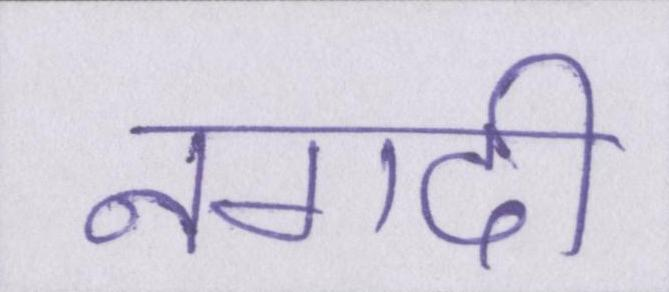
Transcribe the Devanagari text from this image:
नगदी